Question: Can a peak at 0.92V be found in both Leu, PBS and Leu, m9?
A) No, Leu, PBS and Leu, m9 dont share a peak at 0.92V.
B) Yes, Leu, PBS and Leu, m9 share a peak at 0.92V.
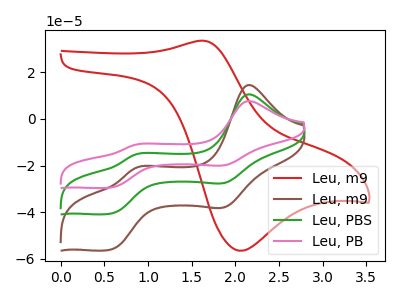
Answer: <think>The red curve "Leu, m9" has an anodic peak at (1.65V, 33.50uA) and a cathodic peak at (2.05V, -56.50uA). The brown curve "Leu, m9" has anodic peaks at (2.15V, 14.55uA) (0.85V, -21.10uA) and cathodic peaks at (1.90V, -37.75uA) (0.55V, -56.10uA). The green curve "Leu, PBS" has anodic peaks at (2.15V, 10.55uA) (0.85V, -15.30uA) and cathodic peaks at (1.90V, -27.35uA) (0.55V, -40.65uA). The pink curve "Leu, PB" has anodic peaks at (2.15V, 21.05uA) (0.85V, -30.55uA) and cathodic peaks at (1.90V, -54.75uA) (0.55V, -81.30uA).</think>
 <answer>A) No, "Leu, PBS" and "Leu, m9" dont share a peak at 0.92V.</answer>
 <eval>A</eval>